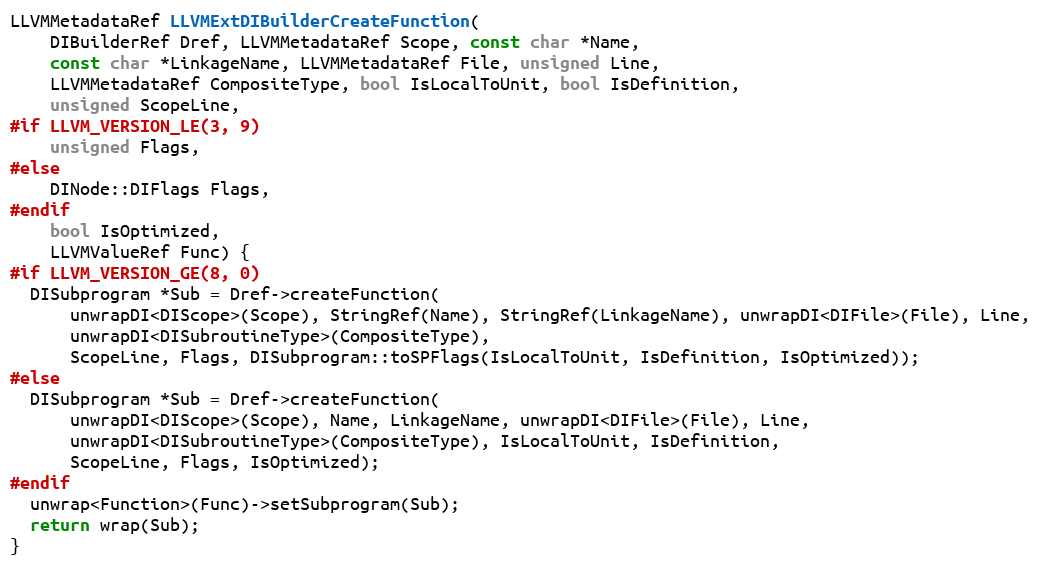
Language: C++
LLVMMetadataRef LLVMExtDIBuilderCreateFunction(
    DIBuilderRef Dref, LLVMMetadataRef Scope, const char *Name,
    const char *LinkageName, LLVMMetadataRef File, unsigned Line,
    LLVMMetadataRef CompositeType, bool IsLocalToUnit, bool IsDefinition,
    unsigned ScopeLine,
#if LLVM_VERSION_LE(3, 9)
    unsigned Flags,
#else
    DINode::DIFlags Flags,
#endif
    bool IsOptimized,
    LLVMValueRef Func) {
#if LLVM_VERSION_GE(8, 0)
  DISubprogram *Sub = Dref->createFunction(
      unwrapDI<DIScope>(Scope), StringRef(Name), StringRef(LinkageName), unwrapDI<DIFile>(File), Line,
      unwrapDI<DISubroutineType>(CompositeType),
      ScopeLine, Flags, DISubprogram::toSPFlags(IsLocalToUnit, IsDefinition, IsOptimized));
#else
  DISubprogram *Sub = Dref->createFunction(
      unwrapDI<DIScope>(Scope), Name, LinkageName, unwrapDI<DIFile>(File), Line,
      unwrapDI<DISubroutineType>(CompositeType), IsLocalToUnit, IsDefinition,
      ScopeLine, Flags, IsOptimized);
#endif
  unwrap<Function>(Func)->setSubprogram(Sub);
  return wrap(Sub);
}